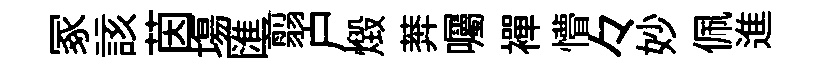
冢該茵塲匯翦户燬莾囑襌懵々妙佩進